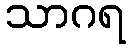
သာဂရ